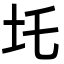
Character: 圫